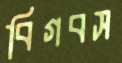
বিগবস